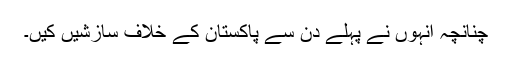
چنانچہ انہوں نے پہلے دن سے پاکستان کے خلاف سازشیں کیں۔